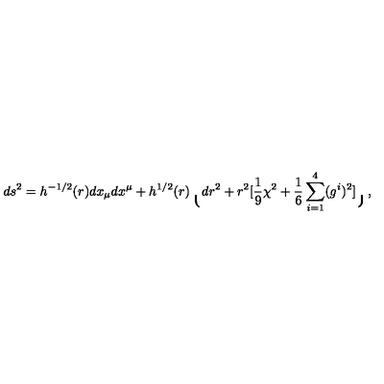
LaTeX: d s ^ { 2 } = h ^ { - 1 / 2 } ( r ) d x _ { \mu } d x ^ { \mu } + h ^ { 1 / 2 } ( r ) \lgroup d r ^ { 2 } + r ^ { 2 } [ { \frac { 1 } { 9 } } \chi ^ { 2 } + { \frac { 1 } { 6 } } \sum _ { i = 1 } ^ { 4 } ( g ^ { i } ) ^ { 2 } ] \rgroup ,